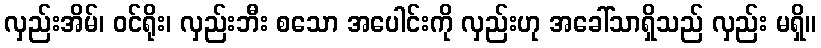
လှည်းအိမ်၊ ဝင်ရိုး၊ လှည်းဘီး စသော အပေါင်းကို လှည်းဟု အခေါ်သာရှိသည် လှည်း မရှိ။